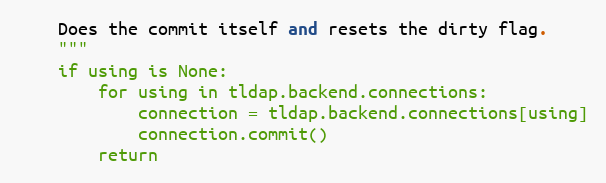
Language: Python
    Does the commit itself and resets the dirty flag.
    """
    if using is None:
        for using in tldap.backend.connections:
            connection = tldap.backend.connections[using]
            connection.commit()
        return